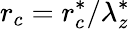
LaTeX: r_{c}=r_{c}^{\ast}/\lambda_{z}^{\ast}